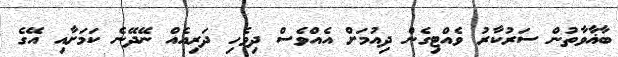
ބާޣާވާތުން ސަރުކާރު ވެއްޓިގެން ދިއުމަށް އެއްވެސް ދިވެހި ދަރިއެއް ނޭދޭނެ ކަމަށާއި އޭގެ